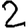
Digit: 2